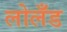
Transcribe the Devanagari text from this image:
लोलँड